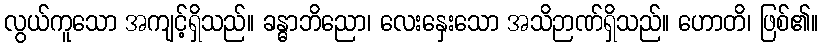
လွယ်ကူသော အကျင့်ရှိသည်။ ခန္ဓာဘိညော၊ လေးနှေးသော အသိဉာဏ်ရှိသည်။ ဟောတိ၊ ဖြစ်၏။